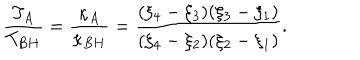
\frac { T _ { A } } { T _ { B H } } = \frac { \kappa _ { A } } { \kappa _ { B H } } = \frac { ( \xi _ { 4 } - \xi _ { 3 } ) ( \xi _ { 3 } - \xi _ { 1 } ) } { ( \xi _ { 4 } - \xi _ { 2 } ) ( \xi _ { 2 } - \xi _ { 1 } ) } .